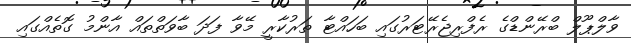
ވާލްޕޫލް ބްރޭންޑްގެ ރެފްރިޖެރޭޓަރުގައި ބަހައްޓާ ތަރުކާރީ މޭވާ ފަދަ ބާވަތްތައް އާންމު ގޮތެއްގައި